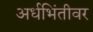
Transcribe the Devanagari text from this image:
अर्धभिंतीवर